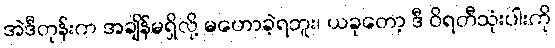
အဲဒီတုန်းက အချိန်မရှိလို့ မဟောခဲ့ရဘူး၊ ယခုတော့ ဒီ ဝိရတီသုံးပါးကို